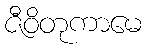
ဇီဝိတုကာမေ